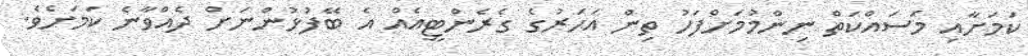
ކަމަށާއި މަސައްކަތް ނިންމުމަށްފަހު ތިން އަހަރުގެ ގެރެންޓީއެއް އެ ބޭފުޅުންނަށް ދެއްވާނެ ކަމަށެވެ.